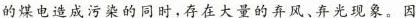
的煤电造成污染的同时，存在大量的弃风、弃光现象。因